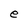
Character: e